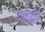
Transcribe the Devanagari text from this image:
लाई।।